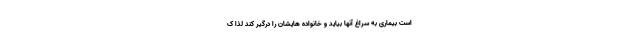
است بیماری به سراغ آنها بیاید و خانواده هایشان را درگیر کند لذا ک